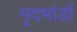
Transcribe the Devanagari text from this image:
मृदभांडों